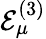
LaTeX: \mathcal{E}_{\mu}^{(3)}